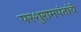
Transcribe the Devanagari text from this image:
परशुरामपंतांचे